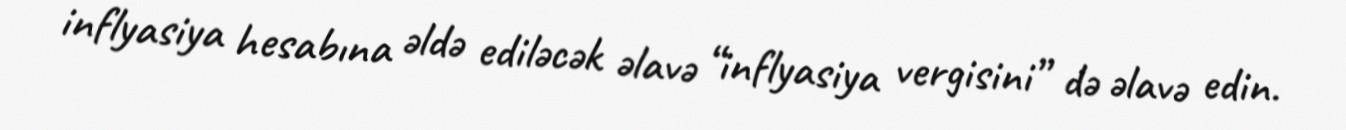
inflyasiya hesabına əldə ediləcək əlavə “inflyasiya vergisini” də əlavə edin.